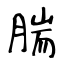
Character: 腨